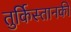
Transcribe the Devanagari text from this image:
तुर्किस्तानकी